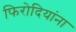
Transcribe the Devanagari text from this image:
फिरोदियांना